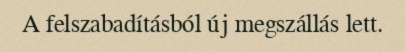
A felszabadításból új megszállás lett.